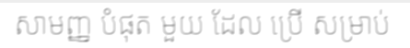
សាមញ្ញ បំផុត មួយ ដែល ប្រើ សម្រាប់